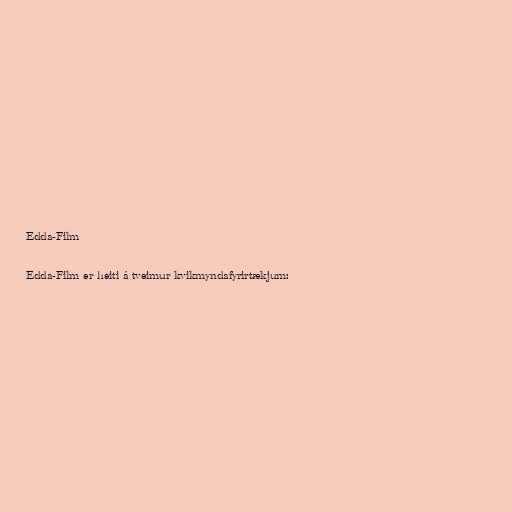
Edda-Film

Edda-Film er heiti á tveimur kvikmyndafyrirtækjum: